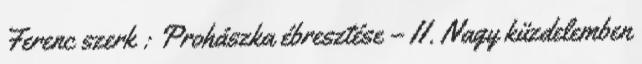
Ferenc szerk : Prohászka ébresztése – II. Nagy küzdelemben